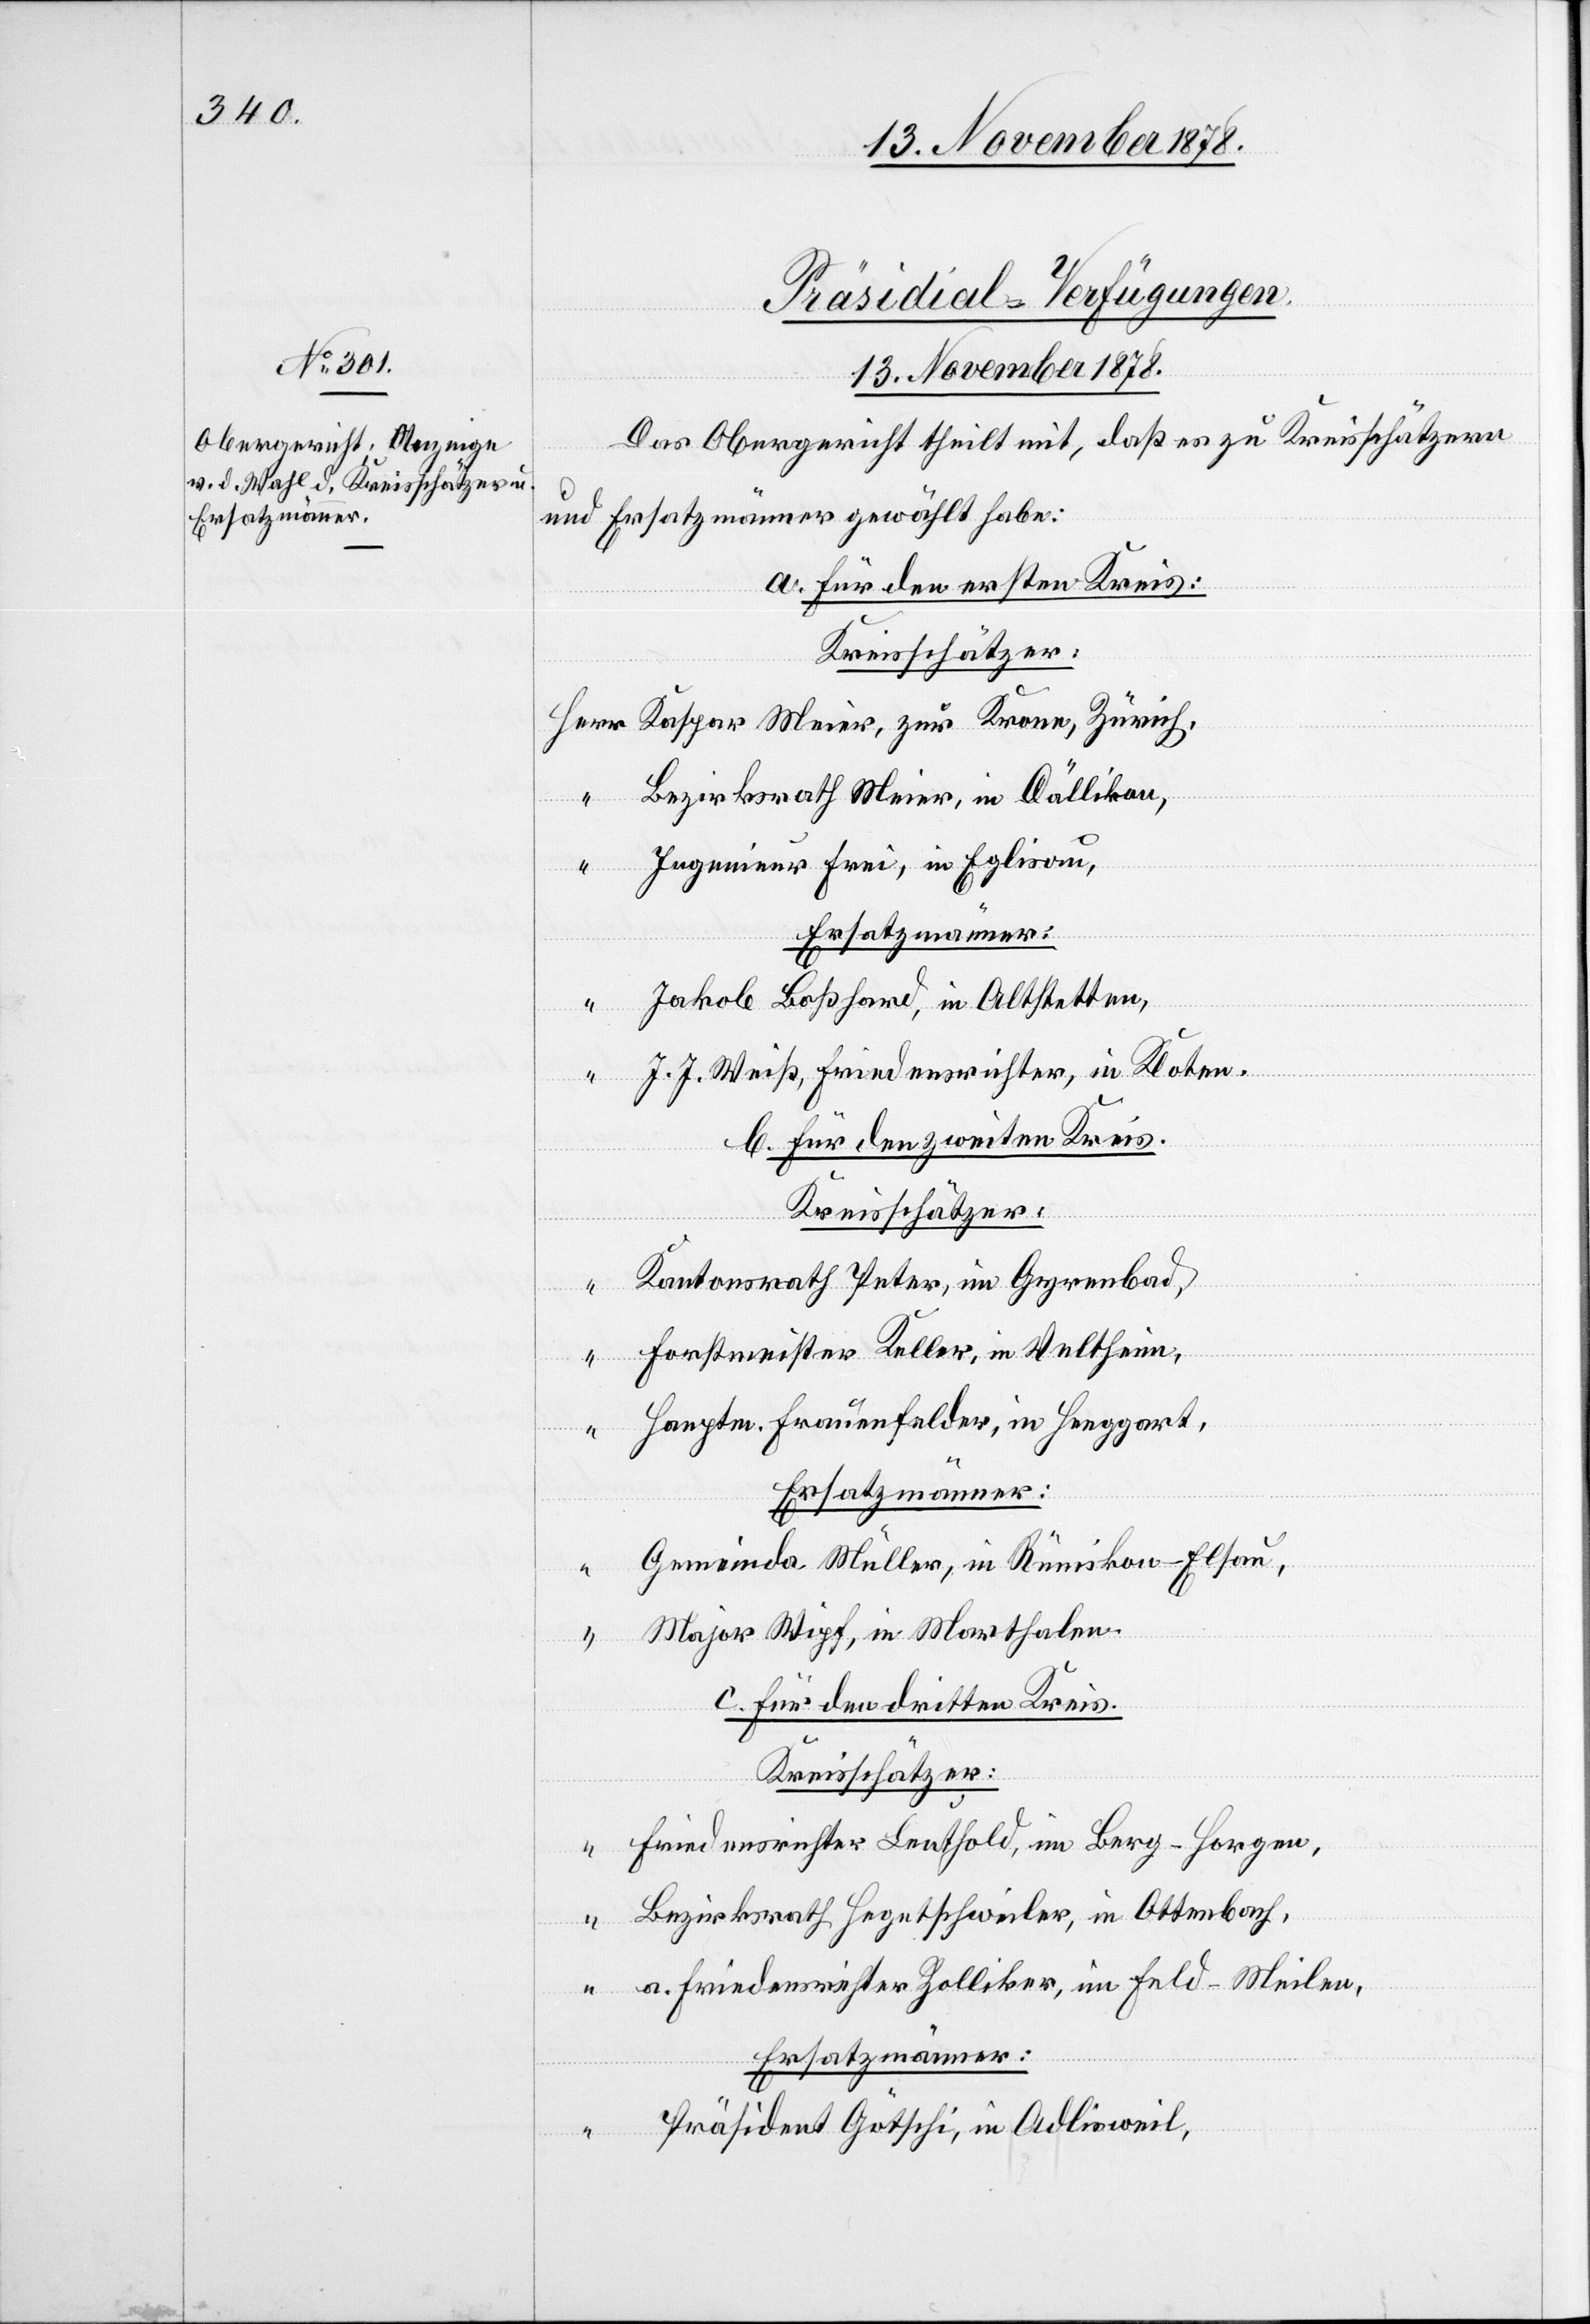
Präsidial-Verfügungen.
13. November 1878.
Das Obergericht theilt mit, daß es zu Kreisschätzern
und Ersatzmännern gewählt habe:
a. Für den ersten Kreis:
Kreisschätzer:
Herr Kaspar Meier, zur Krone, Zürich,
“ Bezirksrath Meier, in Dällikon,
“ Ingenieur Frei, in Eglisau
Ersatzmänner:
“ Jakob Boßhard, in Altstetten,
“ J. J. Weiß, Friedensrichter, in Kloten.
b. für den zweiten Kreis.
Kreisschätzer:
Kantonsrath Peter in Gyrenbad,
“ Forstmeister Keller, in Veltheim,
“ Hauptm. Frauenfelder, in Henggart,
Ersatzmänner:
Gemeinda[mmann] Müller, in Rümikon - Elsau,
“
Major Wipf, in Marthalen
c. für den dritten Kreis.
Kreisschätzer:
Friedensrichter Leuthold, im Berg- Horgen,
“ Bezirksrath Hegetschweiler, in Ottenbach,
“ a. Friedensrichter Zolliker, im Feld - Meilen,
Ersatzmänner:
“ Präsident Götschi, in Adlisweil,